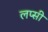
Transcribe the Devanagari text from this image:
लप्सी